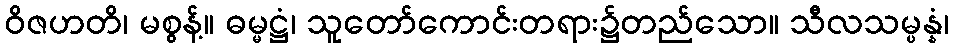
ဝိဇဟတိ၊ မစွန့်။ ဓမ္မဋ္ဌံ၊ သူတော်ကောင်းတရား၌တည်သော။ သီလသမ္ပန္နံ၊